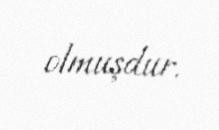
olmuşdur.